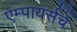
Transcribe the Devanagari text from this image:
एम्पायर्सचे